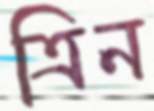
ত্রিন